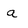
Character: a